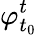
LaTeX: \varphi_{t_{0}}^{t}